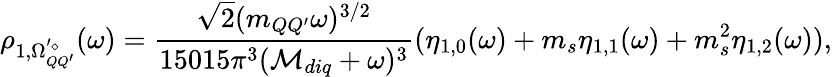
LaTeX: \rho_{1,\Omega_{QQ^{\prime}}^{'\diamond}}(\omega)=\frac{\sqrt{2}(m_{QQ^{\prime}}\omega)^{3/2}}{15015\pi^{3}({\cal{M}}_{diq}+\omega)^{3}}(\eta_{1,0}(\omega)+m_{s}\eta_{1,1}(\omega)+m_{s}^{2}\eta_{1,2}(\omega)),